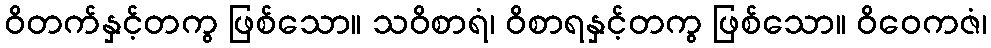
ဝိတက်နှင့်တကွ ဖြစ်သော။ သဝိစာရံ၊ ဝိစာရနှင့်တကွ ဖြစ်သော။ ဝိဝေကဇံ၊